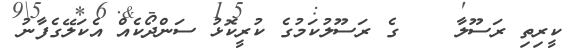
ކީރިތި ރަސޫލާ    ގެ ރަސޫލުކަމުގެ ކުރީކޮޅު ސަންދޯކެއް އެކަލޭގެފާނު